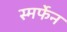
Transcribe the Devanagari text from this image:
स्मर्फेन